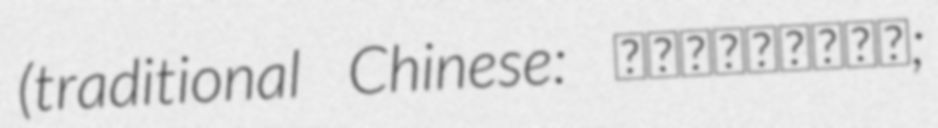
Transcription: (traditional Chinese: 新北市客家文化園區;